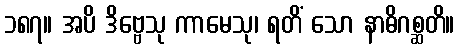
၁၈၇။ အပိ ဒိဗ္ဗေသု ကာမေသု၊ ရတိံ သော နာဓိဂစ္ဆတိ။